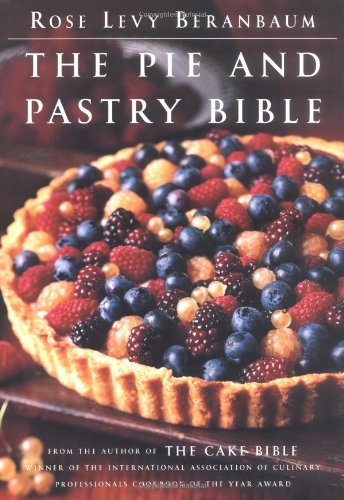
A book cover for The Pie and Pastry Bible; Rose Levy Beranbaum; Cookbooks, Food & Wine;